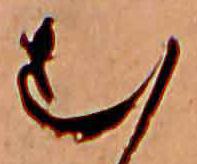
む